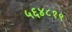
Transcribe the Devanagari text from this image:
५६४८१९